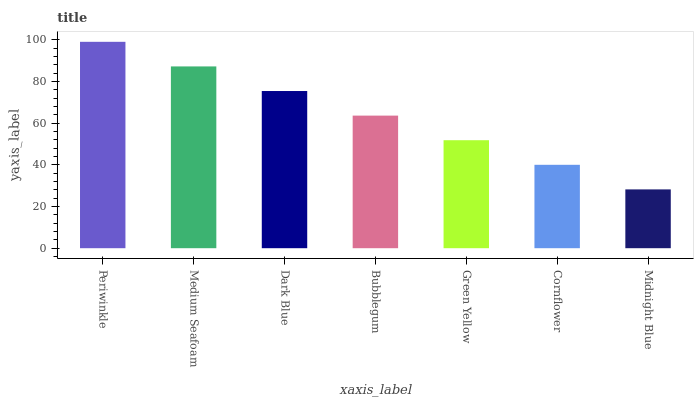
| xaxis_label | bars |
 | --- | --- |
 | Periwinkle | 99 |
 | Medium Seafoam | 87.2 |
 | Dark Blue | 75.4 |
 | Bubblegum | 63.6 |
 | Green Yellow | 51.8 |
 | Cornflower | 40 |
 | Midnight Blue | 28.2 |